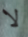
لا